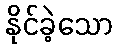
နိုင်ခဲ့သော